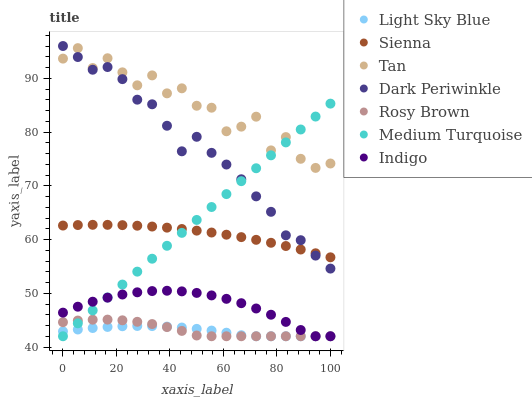
| xaxis_label | Light Sky Blue | Sienna | Tan | Dark Periwinkle | Rosy Brown | Medium Turquoise | Indigo |
 | --- | --- | --- | --- | --- | --- | --- | --- |
 | 0 | 42.9 | 62.6 | 93.7 | 96 | 44.6 | 42 | 46.4 |
 | 5.56 | 43.3 | 62.7 | 95.6 | 93.9 | 44.9 | 44.4 | 47.5 |
 | 11.1 | 43.5 | 62.7 | 91.9 | 91.6 | 45.1 | 46.8 | 48.4 |
 | 16.7 | 43.7 | 62.7 | 93.7 | 92.1 | 45.1 | 49.2 | 49.2 |
 | 22.2 | 43.9 | 62.7 | 91.1 | 89.8 | 45 | 51.6 | 49.8 |
 | 27.8 | 43.9 | 62.6 | 88.7 | 86 | 44.7 | 54 | 50.2 |
 | 33.3 | 43.9 | 62.4 | 90.5 | 85.2 | 44.3 | 56.4 | 50.4 |
 | 38.9 | 43.8 | 62.2 | 87.2 | 81.2 | 43.7 | 58.8 | 50.5 |
 | 44.4 | 43.6 | 62 | 88.1 | 76.4 | 43 | 61.2 | 50.4 |
 | 50 | 43.4 | 61.7 | 84.9 | 79.1 | 42.1 | 63.6 | 50.1 |
 | 55.6 | 43.1 | 61.3 | 84.5 | 76.1 | 42 | 66 | 49.6 |
 | 61.1 | 42.7 | 60.9 | 80.1 | 73.9 | 42 | 68.4 | 49 |
 | 66.7 | 42.2 | 60.4 | 81 | 71.2 | 42 | 70.9 | 48.2 |
 | 72.2 | 42 | 59.9 | 82.9 | 68 | 42 | 73.3 | 47.2 |
 | 77.8 | 42 | 59.4 | 76.6 | 65.2 | 42 | 75.7 | 46 |
 | 83.3 | 42 | 58.8 | 79.1 | 60.8 | 42 | 78.1 | 44.7 |
 | 88.9 | 42 | 58.1 | 75 | 59.9 | 42 | 80.5 | 43.2 |
 | 94.4 | 42 | 57.4 | 73.3 | 57 | 42 | 82.9 | 42 |
 | 100 | 42 | 56.7 | 74.1 | 54.6 | 42 | 85.3 | 42 |